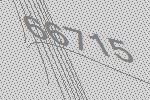
66715